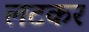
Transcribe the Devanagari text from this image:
लटकर